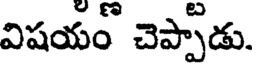
విషయం చెప్పాడు.